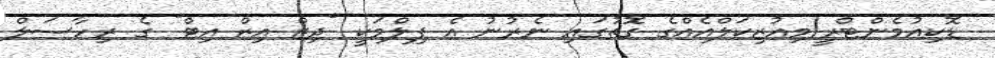
ޑޮކިއުމެންޓްރީ/މިއުޒިކަލްއެއްގެ ގޮތުގައި ނެރުނު އެ ފިލްމަކީ "ދިޒް އިޒް އިޓް" ގެ ރިހާސަލް